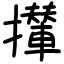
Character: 攆